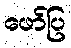
ဖော်ပြ